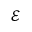
\mathcal { E }